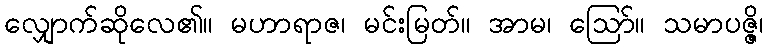
လျှောက်ဆိုလေ၏။ မဟာရာဇ၊ မင်းမြတ်။ အာမ၊ ဩော်။ သမာပဇ္ဇိ၊